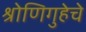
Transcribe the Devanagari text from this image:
श्रोणिगुहेचे